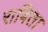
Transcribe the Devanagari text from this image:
राबिता